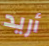
أريد